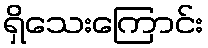
ရှိသေးကြောင်း